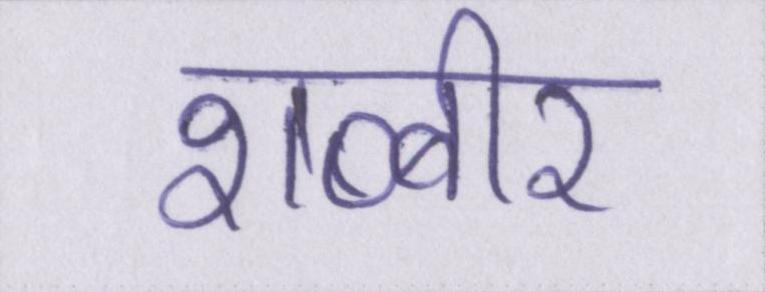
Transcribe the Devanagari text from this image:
शब्बीर